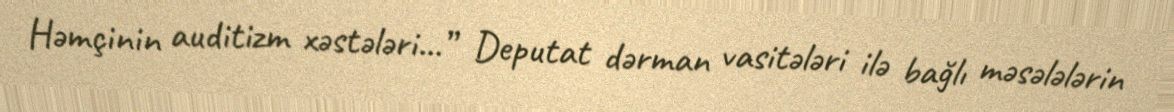
Həmçinin auditizm xəstələri...” Deputat dərman vasitələri ilə bağlı məsələlərin